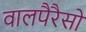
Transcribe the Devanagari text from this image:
वालपैरैसो